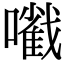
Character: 㘍